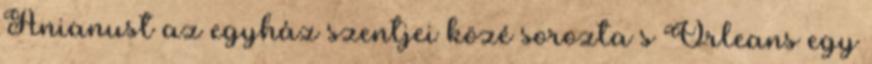
Anianust az egyház szentjei közé sorozta s Orleans egy